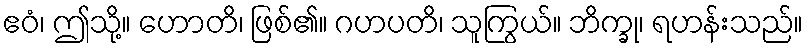
ဧဝံ၊ ဤသို့။ ဟောတိ၊ ဖြစ်၏။ ဂဟပတိ၊ သူကြွယ်။ ဘိက္ခု၊ ရဟန်းသည်။